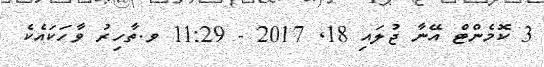
3 ކޮމެންޓް އޭނާ ޖުލައި 18